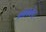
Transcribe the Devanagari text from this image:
अभ्रकोष्ठ